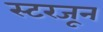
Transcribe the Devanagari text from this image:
स्टरजून